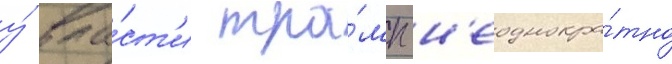
у́ вла́ст'и тра́мп н'еоднокра́тно